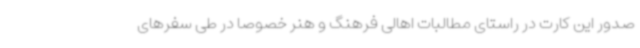
صدور این کارت در راستای مطالبات اهالی فرهنگ و هنر خصوصاً در طی سفرهای